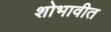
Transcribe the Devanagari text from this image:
शोभावीत